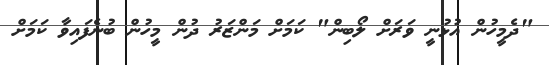
"ދެމީހުން އުޅުނީ ވަރަށް ލޯބިން" ކަމަށް މަންޒަރު ދުން މީހުން ބުނެފައިވާ ކަމަށް